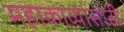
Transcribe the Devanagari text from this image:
महाकाव्यांसाठी